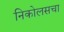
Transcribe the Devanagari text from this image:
निकोलसचा